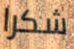
شكرا